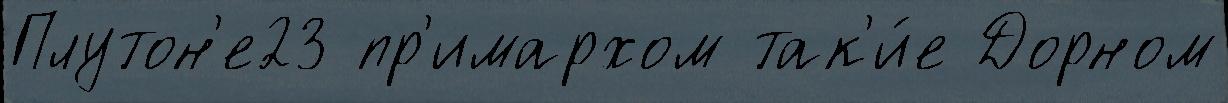
Плутон'е23 пр'имархом так'и́е Дорном